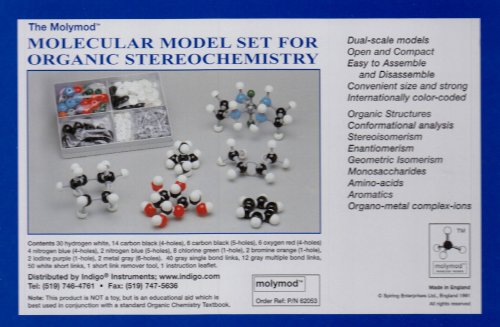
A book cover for Molymod Molecular Modeling Set by Indigo to Accompany Organic Chemistry; Indigo Instruments; Science & Math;